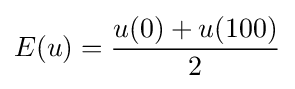
E(u)={\frac {u(0)+u(100)}{2}}